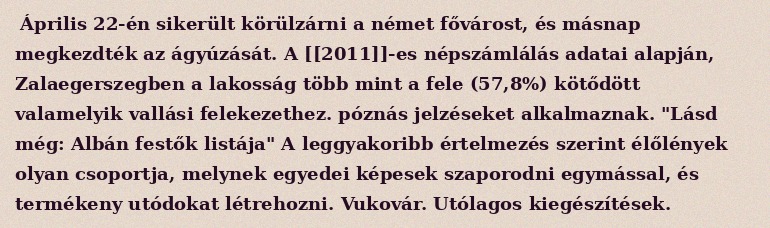
Április 22-én sikerült körülzárni a német fővárost, és másnap megkezdték az ágyúzását. A [[2011]]-es népszámlálás adatai alapján, Zalaegerszegben a lakosság több mint a fele (57,8%) kötődött valamelyik vallási felekezethez. póznás jelzéseket alkalmaznak. "Lásd még: Albán festők listája" A leggyakoribb értelmezés szerint élőlények olyan csoportja, melynek egyedei képesek szaporodni egymással, és termékeny utódokat létrehozni. Vukovár. Utólagos kiegészítések.